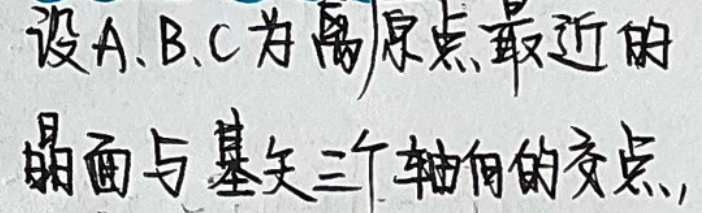
设A、B、C为离原点最近的晶面与基矢三个轴的交点。